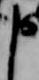
申